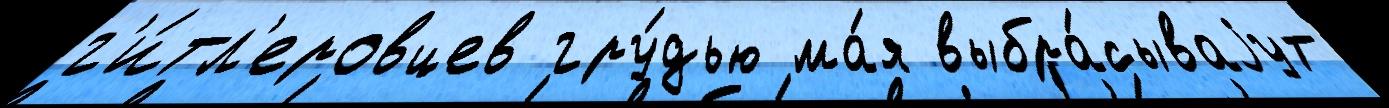
г'и́тл'еровцев гру́дью ма́я выбра́сываjут